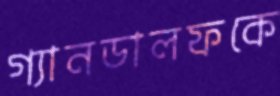
গ্যানডালফকে